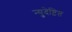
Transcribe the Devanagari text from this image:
न्युदेष्टित